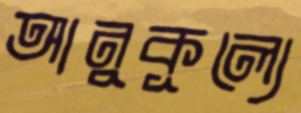
আনুকূল্যে